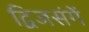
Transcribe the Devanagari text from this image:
द्विजसंगें